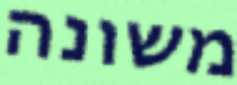
משונה